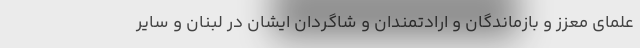
علمای معزز و بازماندگان و ارادتمندان و شاگردان ایشان در لبنان و سایر